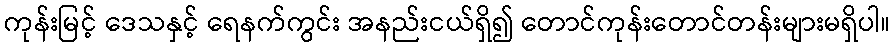
ကုန်းမြင့် ဒေသနှင့် ရေနက်ကွင်း အနည်းငယ်ရှိ၍ တောင်ကုန်းတောင်တန်းများမရှိပါ။